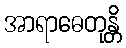
အာရာဓေတုန္တိ